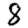
Digit: 8